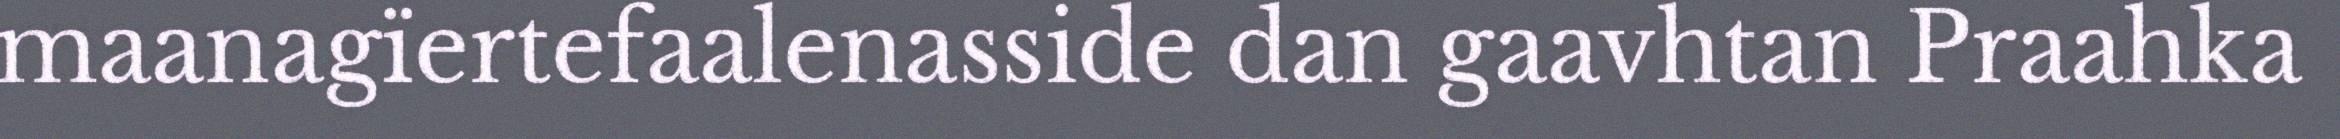
maanagïertefaalenasside dan gaavhtan Praahka